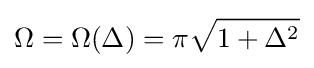
\Omega =\Omega (\Delta )=\pi {\sqrt {1+{\Delta }^{2}}}